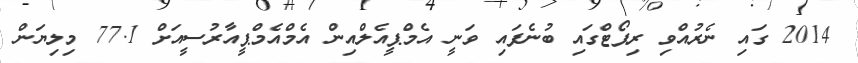
2014 ގައި ނެރުއްވި ރިޕޯޓްގައި ބުނެފައި ވަނީ އެމްޕީއެލްއިން އެމްއެމްޕީއާރުސީއަށް 77.1 މިލިޔަން